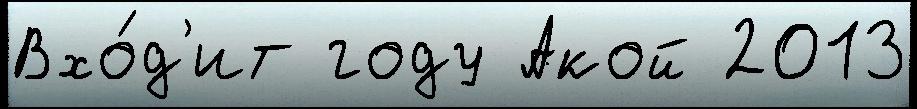
Вхо́д'ит году Акой 2013